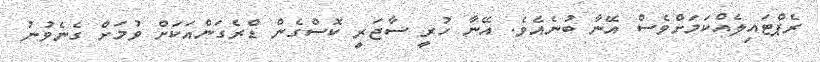
ރެޕްޓައިލެއްކަމަށްވެސް އޭނާ ބުނެއެވެ. އޭނާ ހުރީ ސާޖަރީ ކޮސްގެން ޑްރެގަންއަކަށް ވުމަށް ގެނެވުނު